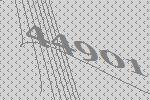
44901